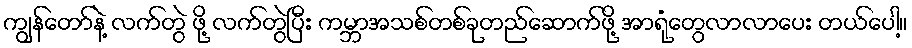
ကျွန်တော်နဲ့ လက်တွဲ ဖို့ လက်တွဲပြီး ကမ္ဘာအသစ်တစ်ခုတည်ဆောက်ဖို့ အာရုံတွေလာလာပေး တယ်ပေါ့။